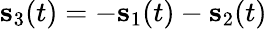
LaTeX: {\mathbf s}_{3}(t)=-{\mathbf s}_{1}(t)-{\mathbf s}_{2}(t)